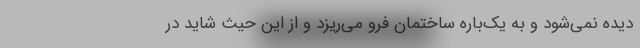
ديده نمي‌شود و به يك‌باره ساختمان فرو مي‌ريزد و از اين حيث شايد در